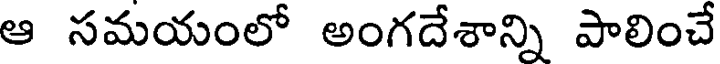
ఆ సమయంలో అంగదేశాన్ని పాలించే